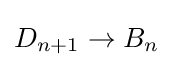
D_{n+1}\to B_{n}